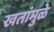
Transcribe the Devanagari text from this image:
खतांमुळे